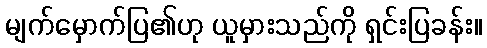
မျက်မှောက်ပြ၏ဟု ယူမှားသည်ကို ရှင်းပြခန်း။